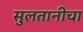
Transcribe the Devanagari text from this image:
सुलतानीचा